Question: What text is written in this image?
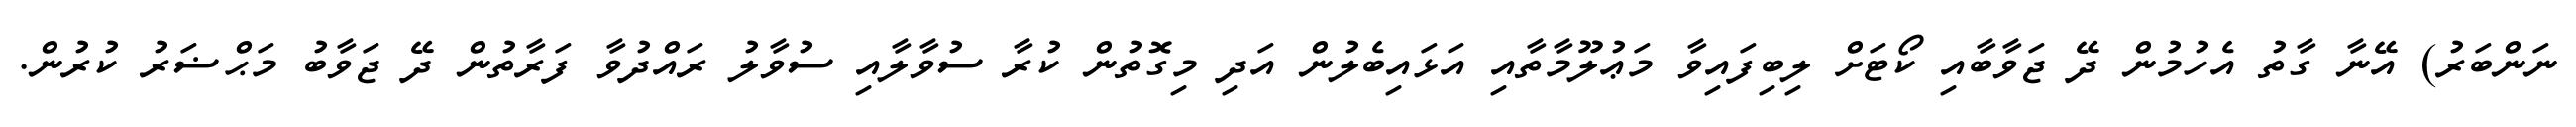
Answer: ނަންބަރު) އޭނާ ގާތު އެހުމުން ދޭ ޖަވާބާއި ކޯޓަށް ލިބިފައިވާ މަޢުލޫމާތާއި އަޅައިބެލުން އަދި މިގޮތުން ކުރާ ސުވާލާއި ސުވާލު ރައްދުވާ ފަރާތުން ދޭ ޖަވާބު މަޙްޟަރު ކުރުން.